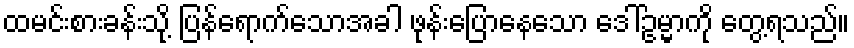
ထမင်းစားခန်းသို့ ပြန်ရောက်သောအခါ ဖုန်းပြောနေသော ဒေါ်ဥမ္မာကို တွေ့ရသည်။